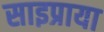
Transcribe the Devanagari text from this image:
साइप्राया